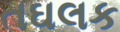
તઘલક